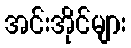
အင်းအိုင်များ